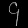
Digit: ၄